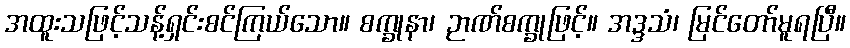
အထူးသဖြင့်သန့်ရှင်းစင်ကြယ်သော။ စက္ခုနာ၊ ဉာဏ်စက္ခုဖြင့်။ အဒ္ဒသံ၊ မြင်တော်မူရပြီ။